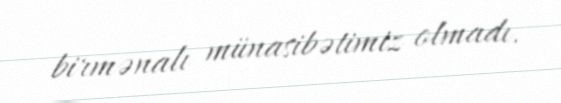
birmənalı münasibətimiz olmadı.